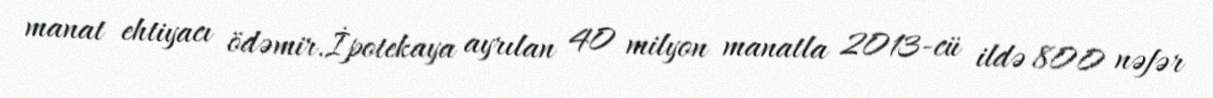
manat ehtiyacı ödəmir.İpotekaya ayrılan 40 milyon manatla 2013-cü ildə 800 nəfər